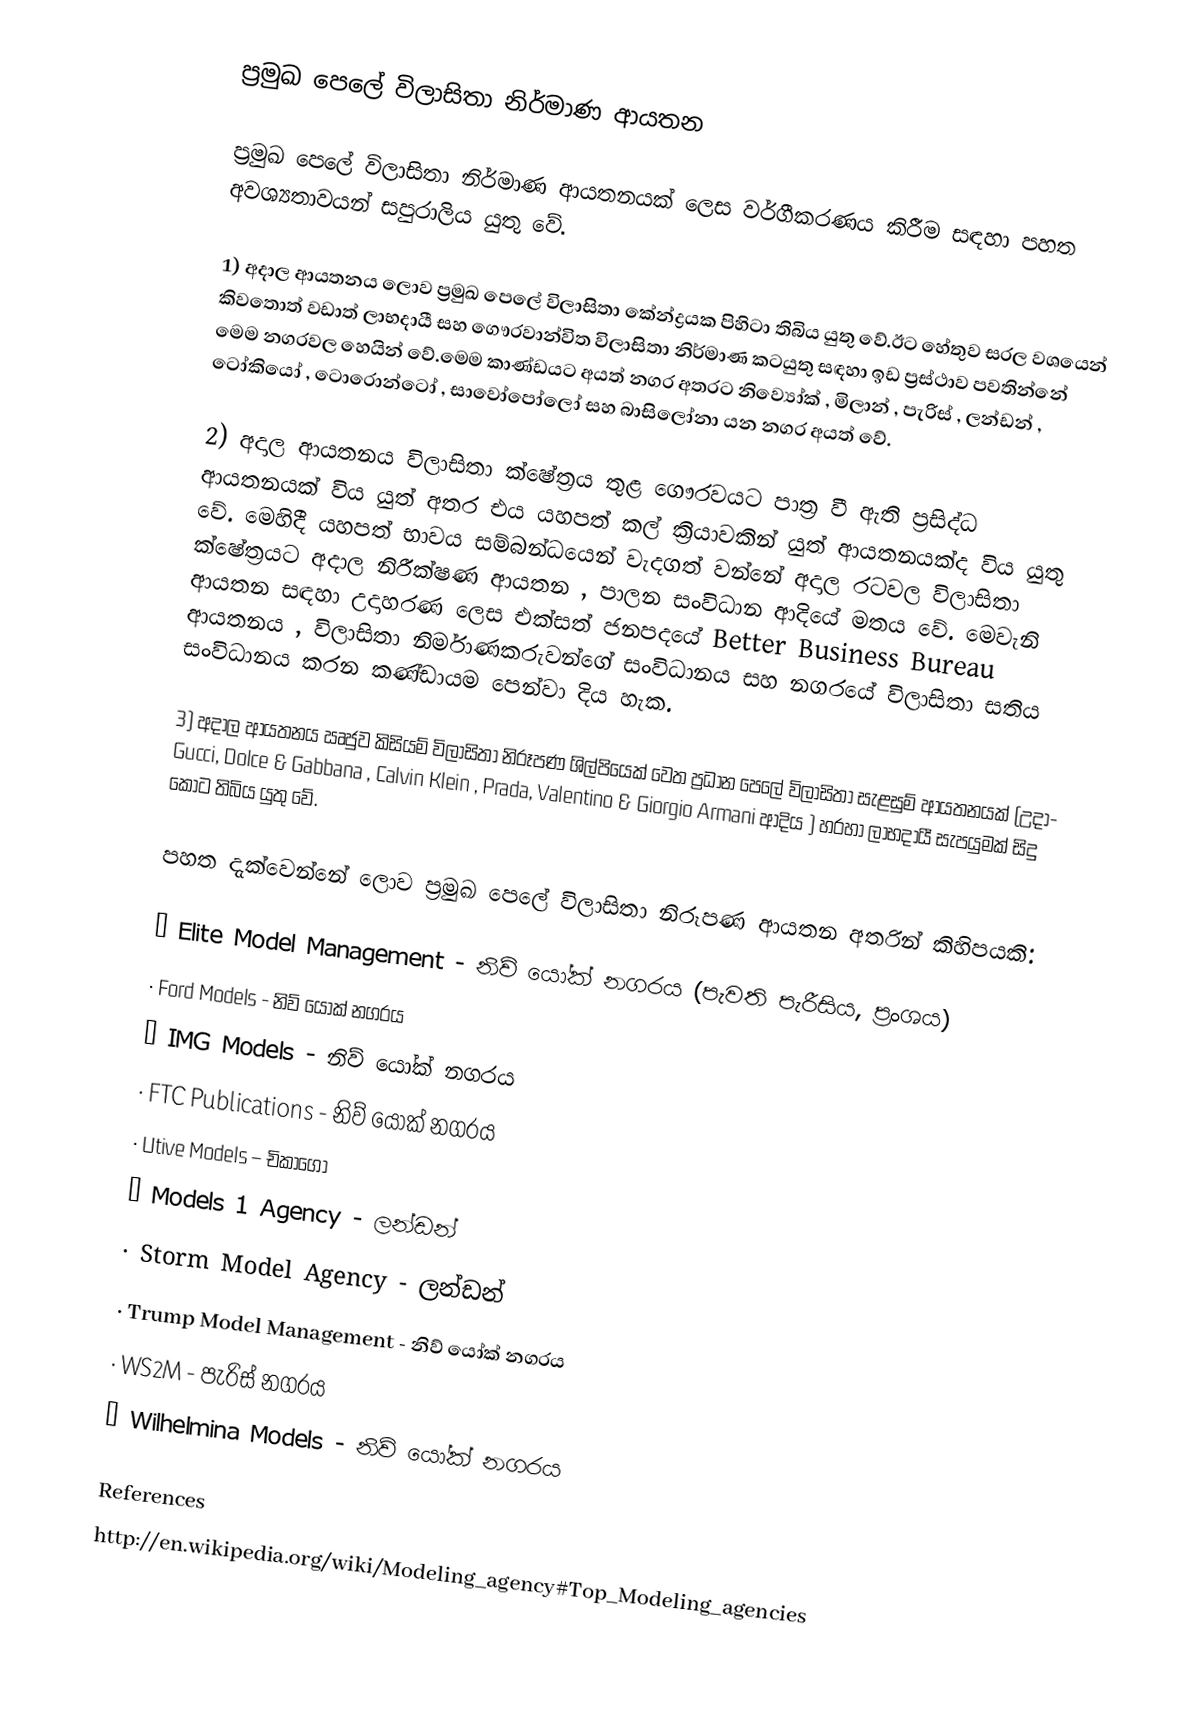
ප්‍රමුඛ පෙලේ විලාසිතා නිර්මාණ ආයතන

ප්‍රමුඛ පෙලේ විලාසිතා නිර්මාණ ආයතනයක් ලෙස වර්ගීකරණය කිරීම සඳහා පහත අවශ්‍යත‍ාවයන් සපුරාලිය යුතු වේ.

1)	අදාල ආයතනය ලොව ප්‍රමුඛ පෙලේ විලාසිතා කේන්ද්‍රයක පිහිටා තිබිය යුතු වේ.ඊට හේතුව සරල වශයෙන් කිවතොත් වඩාත් ලාභදායී සහ ගෞරවාන්විත විලාසිතා නිර්මාණ කටයුතු සඳහා ඉඩ ප්‍රස්ථාව පවතින්නේ මෙම නගරවල හෙයින් වේ.මෙම කාණ්ඩයට අයත් නගර අතරට නිව්‍යෝක් , මිලාන් , පැරිස් , ලන්ඩන් , ටෝකියෝ , ටොරොන්ටෝ , සාවෝපෝලෝ  සහ බාසිලෝනා යන නගර අයත් වේ.

2)	අදාල ආයතනය විලාසිතා ක්ෂේත්‍රය තුළ ගෞරවයට පාත්‍ර වී ඇති ප්‍රසිද්ධ ආයතනයක් විය යුත් අතර එය යහපත් කල් ක්‍රියාවකින් යුත් ආයතනයක්ද විය යුතු වේ. මෙහිදී යහපත් භාවය සම්බන්ධයෙන් වැදගත් වන්නේ අදාල රටවල විලාසිතා ක්ෂේත්‍රයට අද‍ාල නිරීක්ෂණ ආයතන , පාලන සංවිධාන ආදියේ මතය වේ. මෙවැනි ආයතන සඳහා උදාහරණ ලෙස එක්සත් ජනපදයේ Better Business Bureau ආයතනය , විලාසිතා නිර්මාණකරුවන්ගේ සංවිධානය සහ නගරයේ විලාසිතා සතිය සංවිධානය කරන කණ්ඩායම පෙන්වා දිය හැක.

3)	අදාල ආයතනය ඍජුව කිසියම් විලාසිතා නිරූපණ ශිල්පියෙක් වෙත ප්‍රධාන පෙලේ විලාසිතා සැළසුම් ආයතනයක් (උදා- Gucci, Dolce & Gabbana , Calvin Klein , Prada, Valentino & Giorgio Armani ආදිය ) හරහා ලාභදායී සැපයුමක් සිදු කොට තිබිය යුතු වේ.

පහත දැක්වෙන්නේ ලොව ප්‍රමුඛ පෙලේ විලාසිතා නිරූපණ ආයතන  අතරින් කිහිපයකි:

·	Elite Model Management - නිව් යෝක් නගරය (පැවති පැරීසිය, ප්‍රංශය)
·	Ford Models - නිව් යෝක්  නගරය
·	IMG Models - නිව් යෝක්  නගරය
·	FTC Publications - නිව් යෝක්  නගරය
·	Utive Models – චිකාගෝ
·	Models 1 Agency - ලන්ඩන්
·	Storm Model Agency - ලන්ඩන්
·	Trump Model Management - නිව් යෝක්  නගරය
·	WS2M - පැරිස් නගරය
·	Wilhelmina Models - නිව් යෝක්  නගරය

References
http://en.wikipedia.org/wiki/Modeling_agency#Top_Modeling_agencies